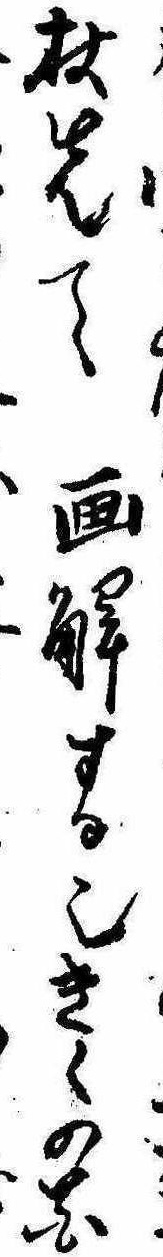
杖先て画解する也きくの花